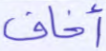
أخاف